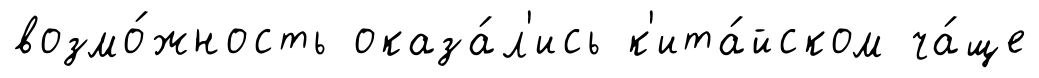
возмо́жность оказа́л'ись к'ита́йском ча́ще